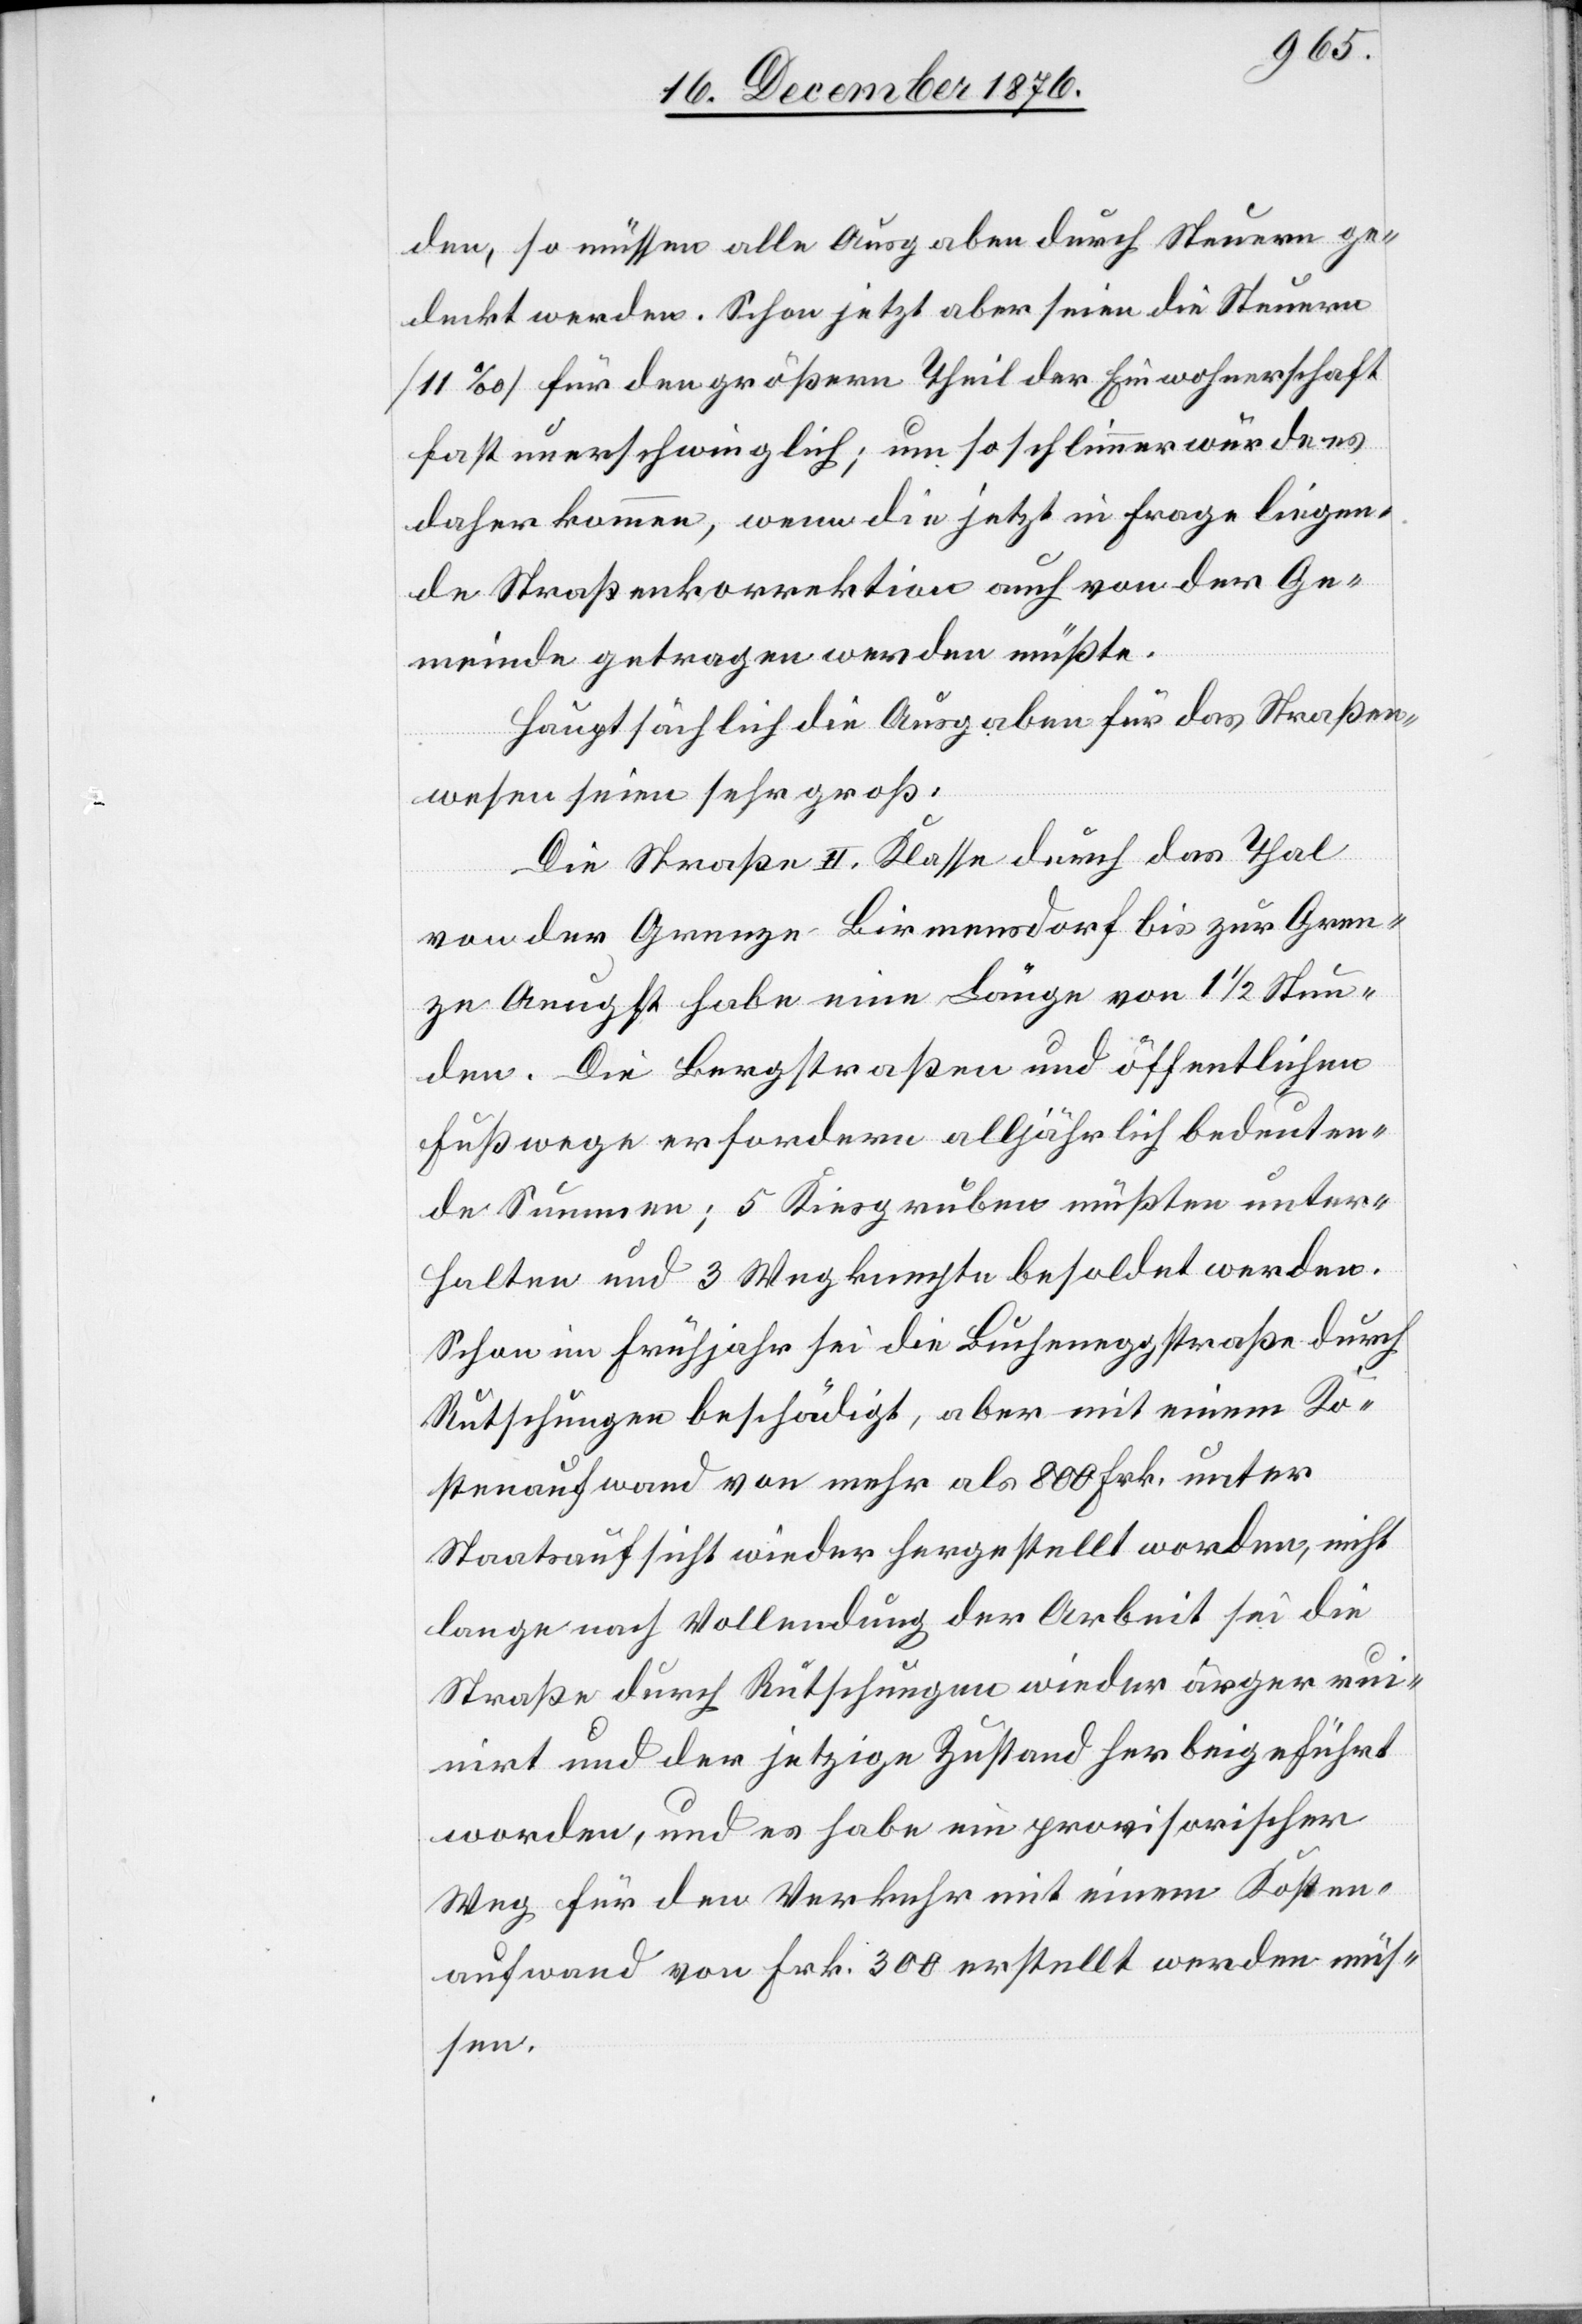
den, so müssen alle Ausgaben durch Steuern ge¬
deckt werden. Schon jetzt aber seien die Steuern
[11‰] für den größern Theil der Einwohnerschaft
fast unerschwinglich; um so schlimmer würde es
daher kommen, wenn die jetzt in Frage liegen¬
de Straßenkorrektion auch von der Ge¬
meinde getragen werden müßte.
Hauptsächlich die Ausgaben für das Straßen¬
wesen seien sehr groß:
Die Straße II. Klasse durch das Thal
von der Grenze Birmensdorf bis zur Gren¬
ze Aeugst habe eine Länge von 11/2 Stun¬
den. Die Bergstraßen und öffentlichen
Fußwege erfordern alljährlich bedeuten¬
de Summen; 5 Kiesgruben müßten unter¬
halten und 3 Wegknechte besoldet werden.
Schon im Frühjahr sei die Bucheneggstraße durch
Rutschungen beschädigt, aber mit einem Ko¬
stenaufwand von mehr als 800 Frk. unter
Staatsaufsicht wieder hergestellt worden, nicht
lange nach Vollendung der Arbeit sei die
Straße durch Rutschungen wieder ärger ruin¬
irt und der jetzige Zustand herbeigeführt
worden, und es habe ein provisorischer
Weg für den Verkehr mit einem Kosten¬
aufwand von Frk. 300 erstellt werden müs¬
sen.